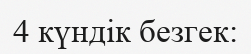
4 күндік безгек: